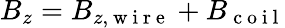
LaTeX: B_{z}=B_{z,\mathrm{~w~i~r~e~}}+B_{\mathrm{~c~o~i~l~}}